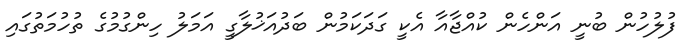
ފުލުހުން ބުނީ އަންހެން ކުއްޖާއާ އެކީ ގަދަކަމުން ބަދުއަޚުލާގީ އަމަލު ހިންގުމުގެ ތުހުމަތުގައި